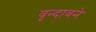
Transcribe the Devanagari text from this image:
वृन्दावने